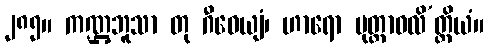
၂၈၅။ ကဏ္ဌဘူသာ တု ဂီဝေယျံ၊ ဟာရော မုတ္တာဝလိ’တ္ထိယံ။